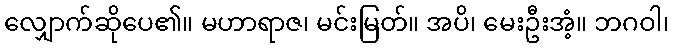
လျှောက်ဆိုပေ၏။ မဟာရာဇ၊ မင်းမြတ်။ အပိ၊ မေးဦးအံ့။ ဘဂဝါ၊